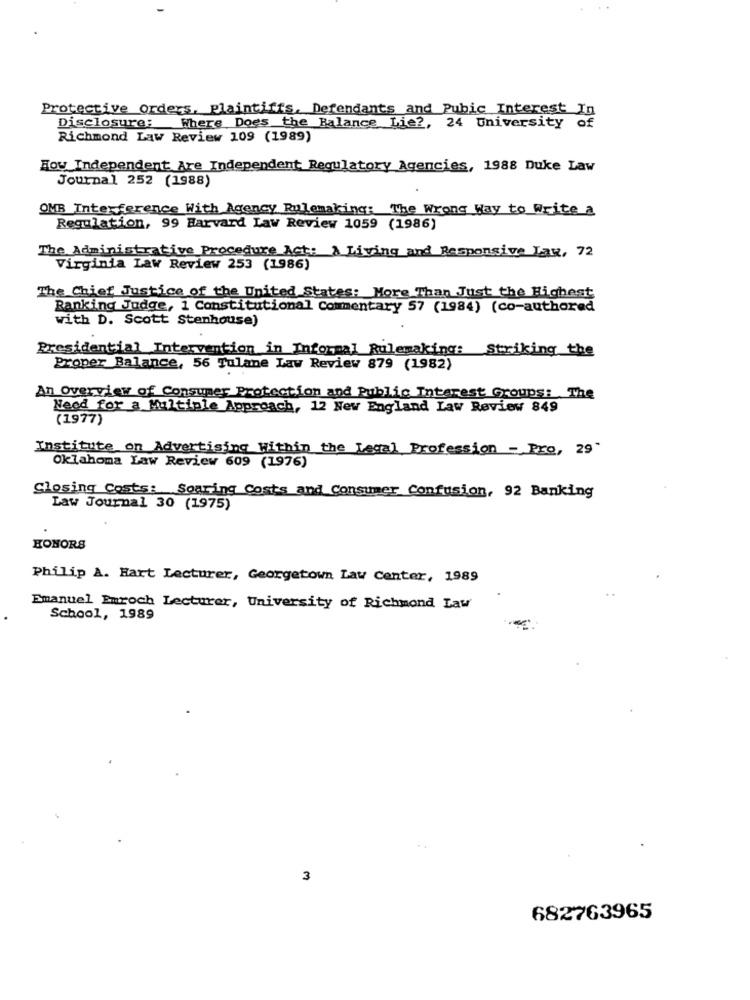
Protective Orders, plaintiffs. Defendants and Public Interest In
Disclosure: Where Does the Balance Lie ?, 24 University of
Richmond Law Review 109 (1989)
Hoy Independent Are Independent Regulatory Agencies, 1988 Duke Law
Journal 252 (1988)
OMB Interference With Agency Rulemaking: The Wrong Way to Write a
Regulation, 99 Harvard Law Review 1059 (1986)
The Administrative Procedure Act: A Living and Responsive Lax, 72
Virginia Law Review 253 (1986)
The Chief Justice of the United States: More Than Just the Highest
Ranking Judge, 1 Constitutional Commentary 57 (1984) (co-authored
with D. Scott Stenhouse)
Presidential Intervention in Informal Rulemaking: Striking the
Proper Balance, 56 Tulane Law Review 879 (1982)
An Overview of Consumer Protection and Public Interest Groups: The
Need for a Multiple Approach, 12 New England Law Review 849
(1977)
Institute on Advertising Within the Legal Profession - Pro, 29"
Oklahoma Law Review 609 (1976)
Closing Costs: Soaring Costs and Consumer Confusion, 92 Banking
Law Journal 30 (1975)
HONORS
Philip A. Hart Lecturer, Georgetown Law Center, 1989
Emanuel Emroch Lecturer, University of Richmond Law
School, 1989
3
682763965